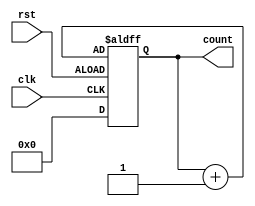
module synchronous_counter (
    input wire clk,
    input wire rst,
    output reg [3:0] count
);

reg [3:0] reg_count;

always @(posedge clk or negedge rst) begin
    if (rst) begin
        reg_count <= 4'b0000;
    end else begin
        reg_count <= reg_count + 4'b0001; // or reg_count - 4'b0001 for decrementing
    end
end

assign count = reg_count;

endmodule